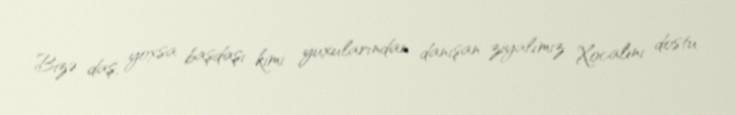
Bizə daş, yoxsa başdaşı kimi yuxularından danışan ziyalımız Xocalını dostu